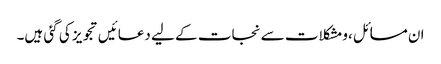
ان مسائل ،ومشکلات سے نجات کے لیے دعائیں تجویز کی گئی ہیں۔